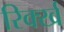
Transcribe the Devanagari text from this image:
रिर्क्ख